Civil Veterinary Department. United Provinces 1932-42 - 1932-1942
Year: 1932
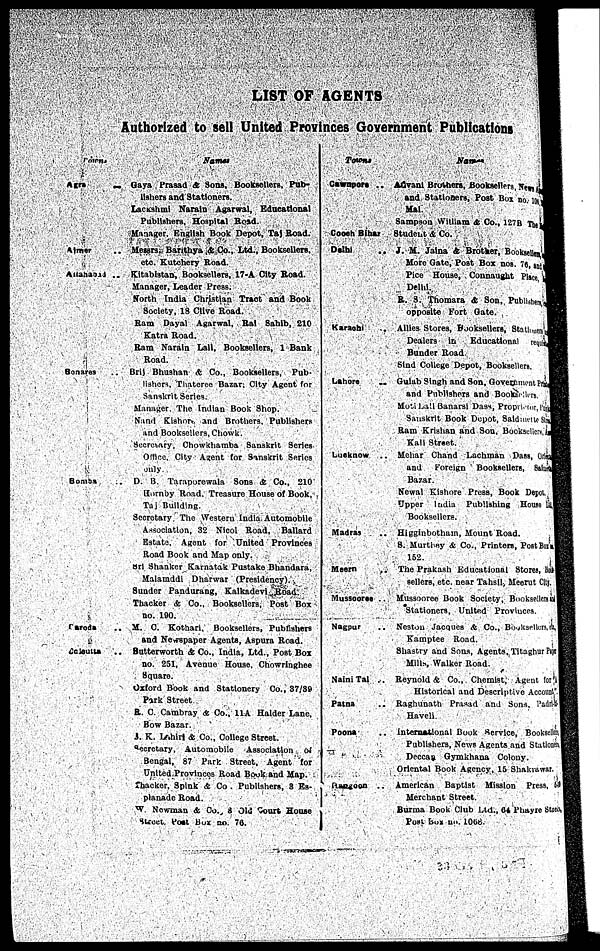
LIST OF AGENTS
Authorized to sell United Provinces Government Publications
Paras.
Agra ..
Aimer ..
Attanaoed .
Sonaras ..
Bonies
Caroda ..
Calcutta ..
Names
Gaya Prasad & Sons. Booksellers. Pub-
lishers and Stationers.
Lackshml Narain Agarwal, Educational
Publishers. Hospital
Road.
Manager English Book Depot, Taj Road.
Messrs. Banthya & Co., Ltd.. Booksellers.
etc. Kutchery Road.
Kitablstan, Booksellers, 17-A City Road.
Manager, Leader Press.
North India Christian Tract and Book
Society. 18 Clive Road.
Ram Dayal Agarwal, Bal Sahib, 210
Katra Road.
Ram Narain Lall. Booksellers. 1 Bank
Road.
Brit Bhushan & Co., Booksellers. Pub-
lishers, Thaterce Bazar. City Agent for
Sanskrit Series
Manager The Indian Book Shop.
Naind Kishor
and Brothers, Publishers
and Booksellers, Chowk.
Secretary. Chowkhamba Sanskrit Series
Office City Agent for Sanskrit Series
only
D.
B.
Tarapore
Sons A Co.. 210
Hornby Road, Treasure House of Book,
Tar Building
Secretary The Western India Automobile
Association, 32 Nicol Road.
Ballard
Estate,
Agent for United Provinces
Road Book and Map only.
Sri Shanker Karnatak Pustake Bhandara,
Malainddi Dharwar (Presidency). .
Sunder Pandurang, Kalkadevi Road
Thacker & Co., Booksellers. Post Box
no. 190.
M. C. Kothari Booksellers, Publishers
and Newspaper Agents, Aspura Road.
Butterworth & Co., India, Ltd., Post Box
no. 251, Avenue House. Chowringhoe
Square.
Oxford Book and Stationery Co., 37/39
Park Street
R. C Cambray & Co., 11A Haider Lane.
Bow Bazar
J. K. Lahirt & Co., College Street.
Secretary. Automobile
Association of
Bengal, 87 Park Street. Agent for
United Provinces Road Book and Map.
Thacker, Spink A Co , Publishers, 8 Es-
planade Road.
W. Nowrman & Co., & Old Court House
Stock Post Box no. 76.
Paras.
Cawasers
..
Cooch Bihar ..
Delhi ..
Karaebi ..
Lahore
..
Lucknow ..
Madras
Meern ..
Mussoorsa ..
Nagpur ..
Naini Tal ..
Patna
Poona
Dangoon ..
Names.
Advani Brothers, Booksellers Naini
and Stationers, Pott Box no. 106.
Mal.
Sampson William & Co., 1278 The
Student & Co.
J. M. Jaina & Brother, Booksellers
More Gate, Post Box nos. 78, street
Pice Rouse, Connaught Place.
Delhi.
B. S. Thomara & Son, Publisher
opposite Fort Gate.
Allies Stores, Booksellers, Stallers
Dealers
in
Educational
Bunder Road
Sind College Depot, Booksellers.
Gulab Singh and Son. Government Board
and Publishers and Book
Motilall Banarsi Dass, Prop
Sanskrit Book Depot, Said
Ram Krishan and
Son.
Books
Kail Street.
Mehar Chand
Luchman
Dass.
and
Foreign
Booksellers,
Bazar.
Newal Kishore Press, Book Depot
Upper
India
Publishing
House
Booksellers.
Higginbothain, Mount Road.
8. Murthey & Co., Printers, Post Bors
152.
The Prakash Educational Stores, Book
sellers, etc near Tahsll, Meerut City
Mussooree Book Society,
Booksellers
Stationers, United Provinces
Neston Jacques & Co.,
Bookseller
Kamptee Road.
Shastiy and Sons, Agents, Titaghurpur
Mills, Walker Road.
Reyhold & Co., Chemist. Agent City
Historical and Descriptive Acc
Raghunath
Prasad
and Sons. Park.
Haveli
International Book Service, Bookseller
Publishers, News Agents And Stationary
Deccan Gymkhana Colony.
Oriental Book Agency. 15 Shalawar.
American
Baptist Mission Press, 14
Merchant Street.
Burma Book Club Ltd., 64 Phayre street
Post Box no. 1008.